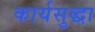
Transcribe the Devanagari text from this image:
कार्यसुद्धा